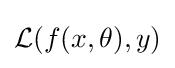
{\mathcal {L}}(f(x,\theta ),y)